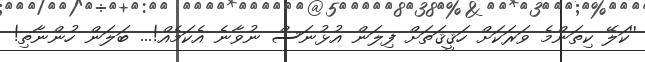
''ކަލޭ ކިތަންމެ ވަރަކަށް ހަޤީޤަތަށް ފިލަން އުޅުނަސް ނުވާނެ އެކަމެއް!... ބަލަން ހުންނާތި!